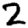
Digit: 2